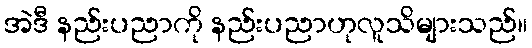
အဲဒီ နည်းပညာကို နည်းပညာဟုလူသိများသည်။